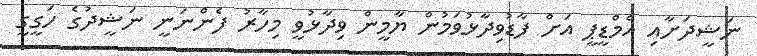
ނަޝީދަށާއި އެމްޑީޕީ އަށް ފާޑުވިދާޅުވަމުން ޔާމީން ވިދާޅުވީ މިހާރު ފެންނަނީ ނަޝީދުގެ ހަގީގީ